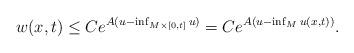
LaTeX: \begin{align*}w (x,t) \leq C e^{A (u - \inf_{M \times [0,t]} u)} = C e^{A (u - \inf_{M} u (x,t))}.\end{align*}